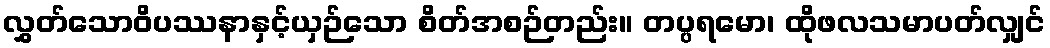
လွှတ်သောဝိပဿနာနှင့်ယှဉ်သော စိတ်အစဉ်တည်း။ တပ္ပရမော၊ ထိုဖလသမာပတ်လျှင်